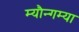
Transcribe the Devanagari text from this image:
म्यौन्गम्या